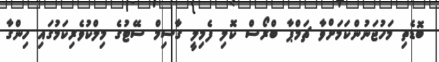
ބޮޑެތި މަހުޖަނުންކަމަށްވާ ޗަމްޕާ ބްރޯސް ކޮލި ފެމިލީ ގާސިމް ސޭޓުގެ މިލްކުވެރިކަމުގައި ހިންގާ